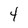
Character: 4